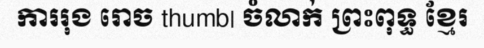
ការរុង រោច thumb| ចំលាក់ ព្រះពុទ្ធ ខ្មែរ